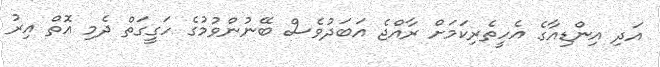
އަދި އިންޑިއާގެ އެހީތެރިކަމަށް ރާއްޖެ އަބަދުވެސް ބޭނުންވުމުގެ ހަގީގަތް ދެމި އޮތް އިރު